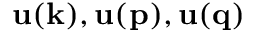
{ \bf u ( k ) } , { \bf u ( p ) } , { \bf u ( q ) }